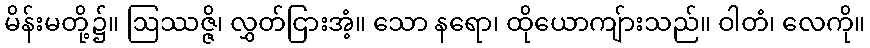
မိန်းမတို့၌။ ဩဿဇ္ဇိ၊ လွှတ်ငြားအံ့။ သော နရော၊ ထိုယောကျ်ားသည်။ ဝါတံ၊ လေကို။